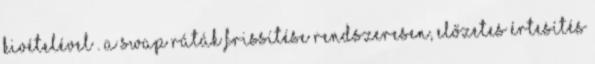
kivételével . A swap ráták frissítése rendszeresen, előzetes értesítés